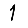
Digit: 1